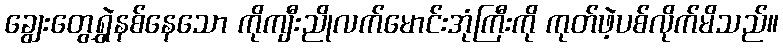
ချွေးတွေရွှဲနစ်နေသော ကိုကျီးညိုလက်မောင်းအုံကြီးကို ကုတ်ဖဲ့ပစ်လိုက်မိသည်။